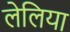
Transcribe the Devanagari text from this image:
लेलिया